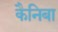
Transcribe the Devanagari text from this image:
कैनिबा